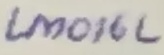
Text: LM016L